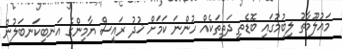
މައުލޫމާތު ލިބުމުގައި ބޮޑެތި ދަތިތަކެއް ހުންނަ ކަމަށް ޚުދު ރައީސް ޔާމިންގެ އަނބިކަނބަލުން